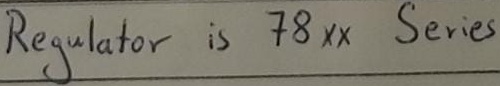
Text: Regulator is 78xx Series